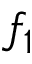
f _ { 1 }